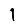
Digit: 1